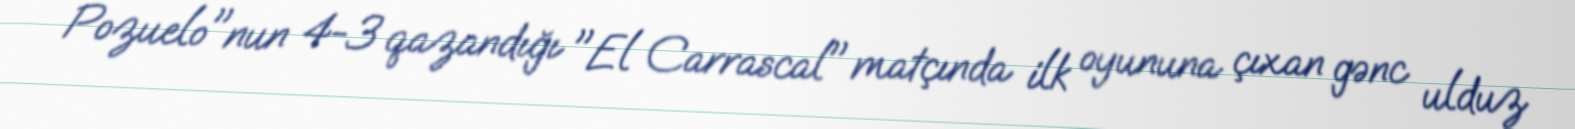
Pozuelo"nun 4-3 qazandığı "El Carrascal" matçında ilk oyununa çıxan gənc ulduz